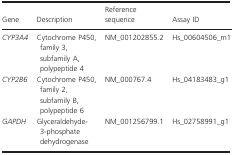
<table><thead><tr><td><b>Gene</b></td><td><b>Description</b></td><td><b>Reference sequence</b></td><td><b>Assay ID</b></td></tr></thead><tbody><tr><td><i>CYP3A4</i></td><td>Cytochrome P450, family 3, subfamily A, polypeptide 4</td><td>NM_001202855.2</td><td>Hs_00604506_m1</td></tr><tr><td><i>CYP2B6</i></td><td>Cytochrome P450, family 2, subfamily B, polypeptide 6</td><td>NM_000767.4</td><td>Hs_04183483_g1</td></tr><tr><td><i>GAPDH</i></td><td>Glyceraldehyde‐3‐phosphate dehydrogenase</td><td>NM_001256799.1</td><td>Hs_02758991_g1</td></tr></tbody></table>